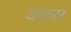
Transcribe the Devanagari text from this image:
वाय्स